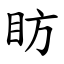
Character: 眆